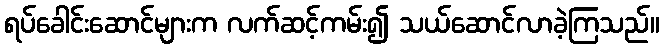
ရပ်ခေါင်းဆောင်များက လက်ဆင့်ကမ်း၍ သယ်ဆောင်လာခဲ့ကြသည်။